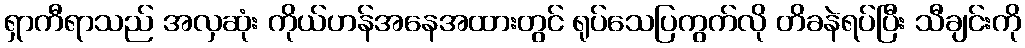
ရှာကီရာသည် အလှဆုံး ကိုယ်ဟန်အနေအထားတွင် ရုပ်သေပြကွက်လို တိခနဲရပ်ပြီး သီချင်းကို